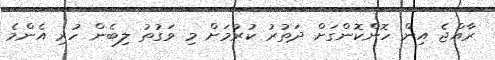
ރާއްޖެ އިން ހޮންކޮންގަށް ދަތުރު ކުރުމަށް މި ވަގުތު ލިބެން ހުރި އެންމެ